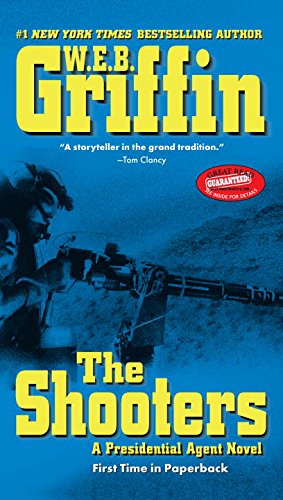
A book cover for The Shooters (Presidential Agent Novels); W.E.B. Griffin; Literature & Fiction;